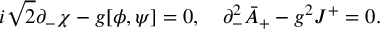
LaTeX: i \sqrt { 2 } \partial _ { - } \chi - g [ \phi , \psi ] = 0 , \quad \partial _ { - } ^ { 2 } \bar { A } _ { + } - g ^ { 2 } J ^ { + } = 0 .